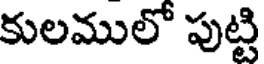
కులములో పుట్టి